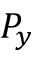
P _ { y }